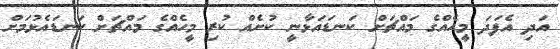
އަދި އެފަދަ މީހެއްގެ މައްޗަށް ކަނޑައަޅާނީ ކުށެއް ކުރި މީހެއްގެ މައްޗަށް ކަނޑައެޅުމަށް